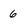
Character: 6